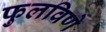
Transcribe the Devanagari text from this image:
फुलविणे